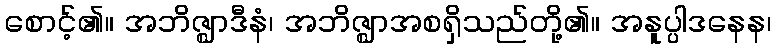
စောင့်၏။ အဘိဇ္ဈာဒီနံ၊ အဘိဇ္ဈာအစရှိသည်တို့၏။ အနူပ္ပါဒနေန၊